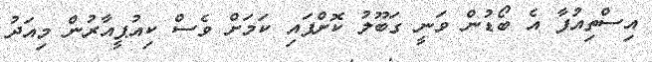
އިސްތިއުފާ އެ ބޯޑުން ވަނީ ގަބޫލު ކޮށްފައި ކަަމަށް ވެސް ކިއުޕީއާރުން މިއަދު